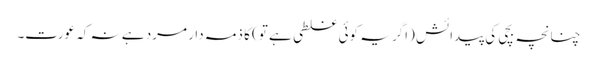
چنانچہ بچی کی پیدائش (اگر یہ کوئی غلطی ہے تو) کا ذمہ دار مرد ہے نہ کہ عورت۔